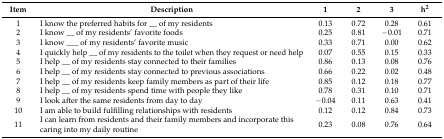
<table><thead><tr><td><b>Item</b></td><td><b>Description</b></td><td><b>1</b></td><td><b>2</b></td><td><b>3</b></td><td><b>h<sup>2</sup></b></td></tr></thead><tbody><tr><td>1</td><td>I know the preferred habits for __ of my residents</td><td>0.13</td><td>0.72</td><td>0.28</td><td>0.61</td></tr><tr><td>2</td><td>I know __ of my residents’ favorite foods</td><td>0.25</td><td>0.81</td><td>−0.01</td><td>0.71</td></tr><tr><td>3</td><td>I know ___ of my residents’ favorite music</td><td>0.33</td><td>0.71</td><td>0.00</td><td>0.62</td></tr><tr><td>4</td><td>I quickly help __ of my residents to the toilet when they request or need help</td><td>0.07</td><td>0.55</td><td>0.15</td><td>0.33</td></tr><tr><td>5</td><td>I help __ of my residents stay connected to their families</td><td>0.86</td><td>0.13</td><td>0.08</td><td>0.76</td></tr><tr><td>6</td><td>I help __ of my residents stay connected to previous associations</td><td>0.66</td><td>0.22</td><td>0.02</td><td>0.48</td></tr><tr><td>7</td><td>I help __ of my residents keep family members as part of their life</td><td>0.85</td><td>0.12</td><td>0.18</td><td>0.77</td></tr><tr><td>8</td><td>I help __ of my residents spend time with people they like</td><td>0.78</td><td>0.31</td><td>0.10</td><td>0.71</td></tr><tr><td>9</td><td>I look after the same residents from day to day</td><td>−0.04</td><td>0.11</td><td>0.63</td><td>0.41</td></tr><tr><td>10</td><td>I am able to build fulfilling relationships with residents</td><td>0.12</td><td>0.12</td><td>0.84</td><td>0.73</td></tr><tr><td>11</td><td>I can learn from residents and their family members and incorporate this caring into my daily routine</td><td>0.23</td><td>0.08</td><td>0.76</td><td>0.64</td></tr></tbody></table>